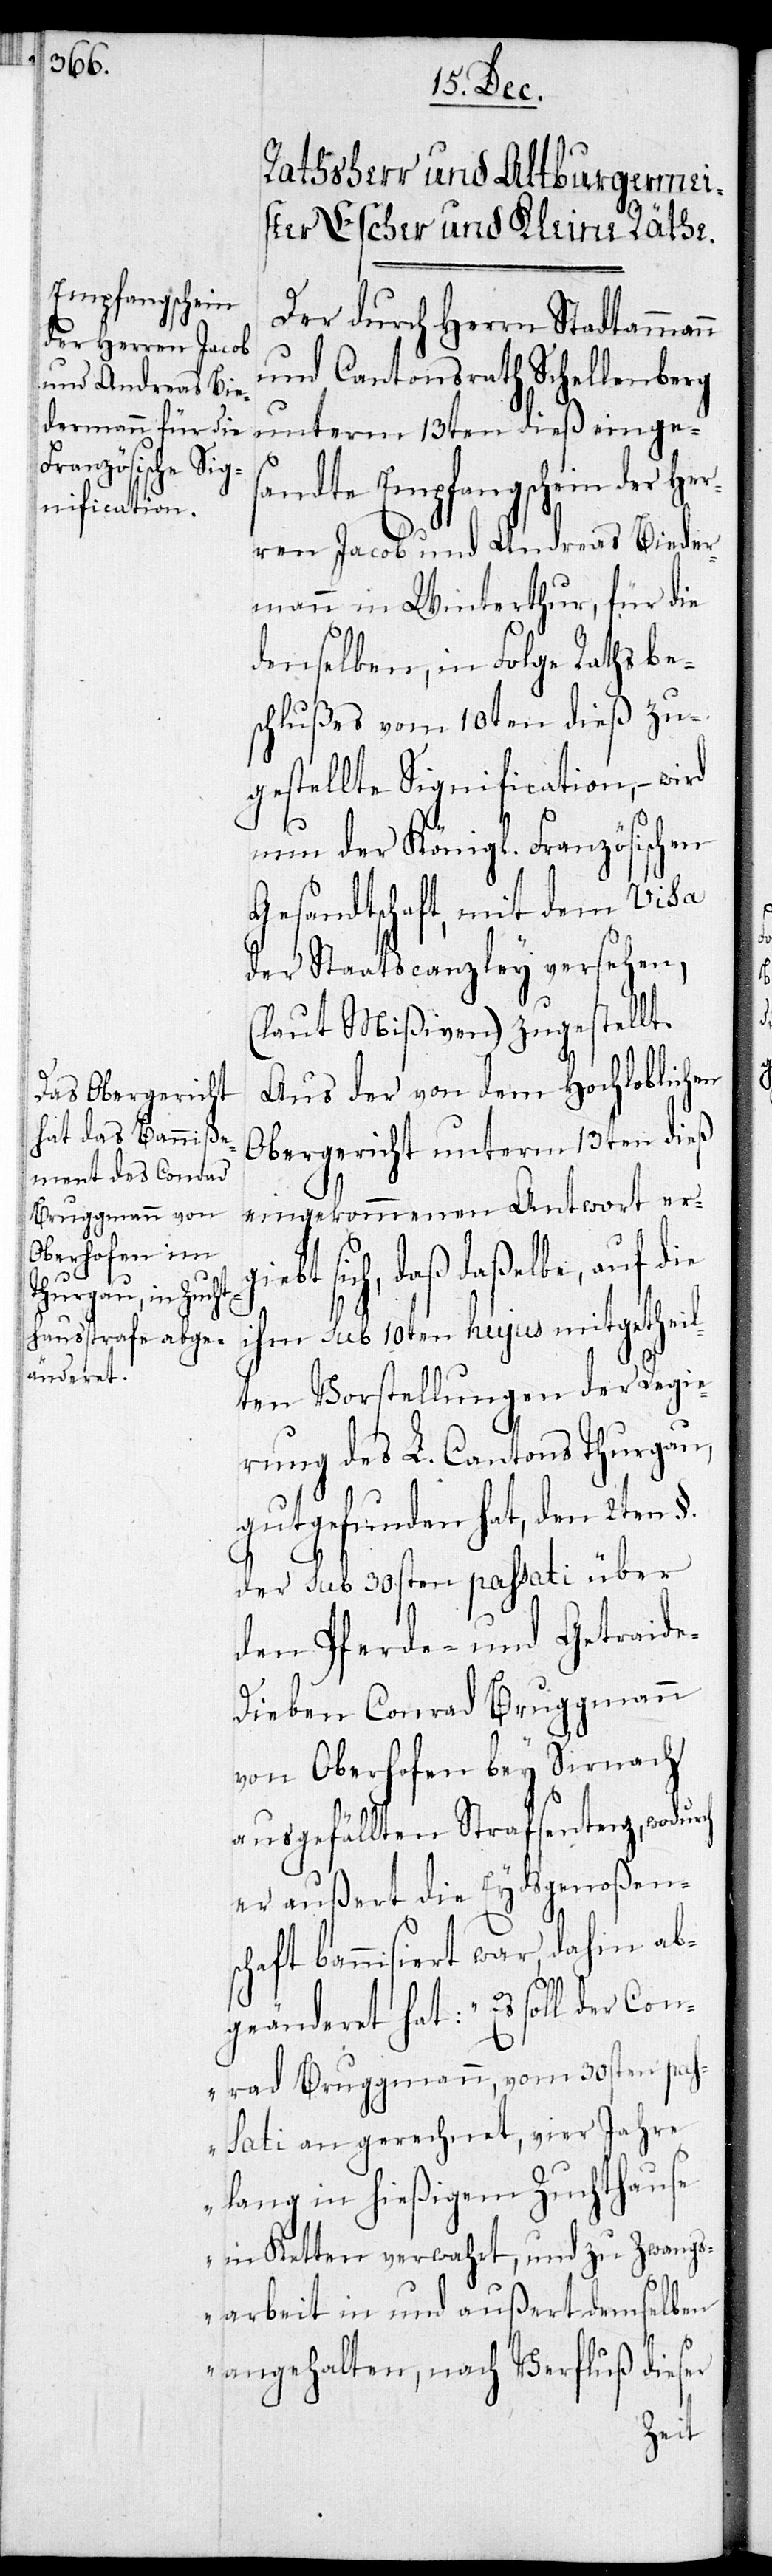
Der durch Herrn Stadtammann
und Cantonsrath Schellenberg
unterm 13ten dieß einges¬
andte Empfangschein der Her¬
ren Jacob und Andreas Bieder¬
mann in Winterthur, für die
denselben, in Folge Rathsbe¬
schlußes vom 10ten dieß zu¬
gestellte Signification, – wird
nun der königl. Französischen
Gesandtschaft, mit dem Visa
der Staatscanzley versehen,
(laut Mißiven) zugestellt.
Aus der von dem Hochloblichen
Obergericht unterm 13ten dieß
eingekommenen Antwort ergie¬
bt sich, daß daßelbe, auf
ihm sub 10ten hujus mitgetheil¬
ten Vorstellungen der Regie¬
rung des L. Cantons Thurgau
gutgefunden hat, den 2ten §.
der sub 30sten passati über
den Pferde- und Getreide¬
dieben Conrad Bruggmann
von Oberhofen bey Sirnach
ausgefällten Strafsentenz, wodurch
er außert die Eydsgenoßens¬
chaft bannisiert war, dahin ab¬
geänderet hat: „Es soll der Con¬
rad Bruggmann, vom 30sten pas¬
sati an gerechnet, vier Jahre
lang in hießigem Zuchthause
in Ketten verwahrt, und zu Zwangs¬
arbeit in und außert demselben
angehalten, nach Verfluß dieser